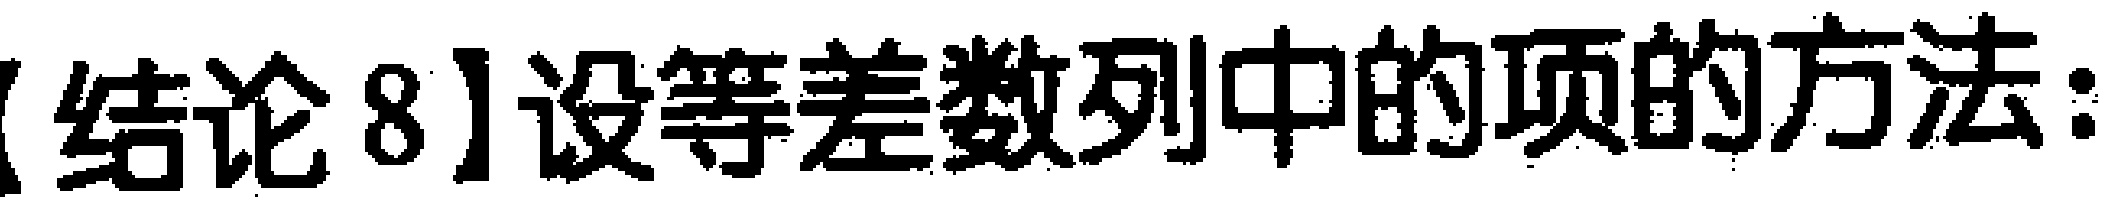
【结论 8】设等差数列中的项的方法: